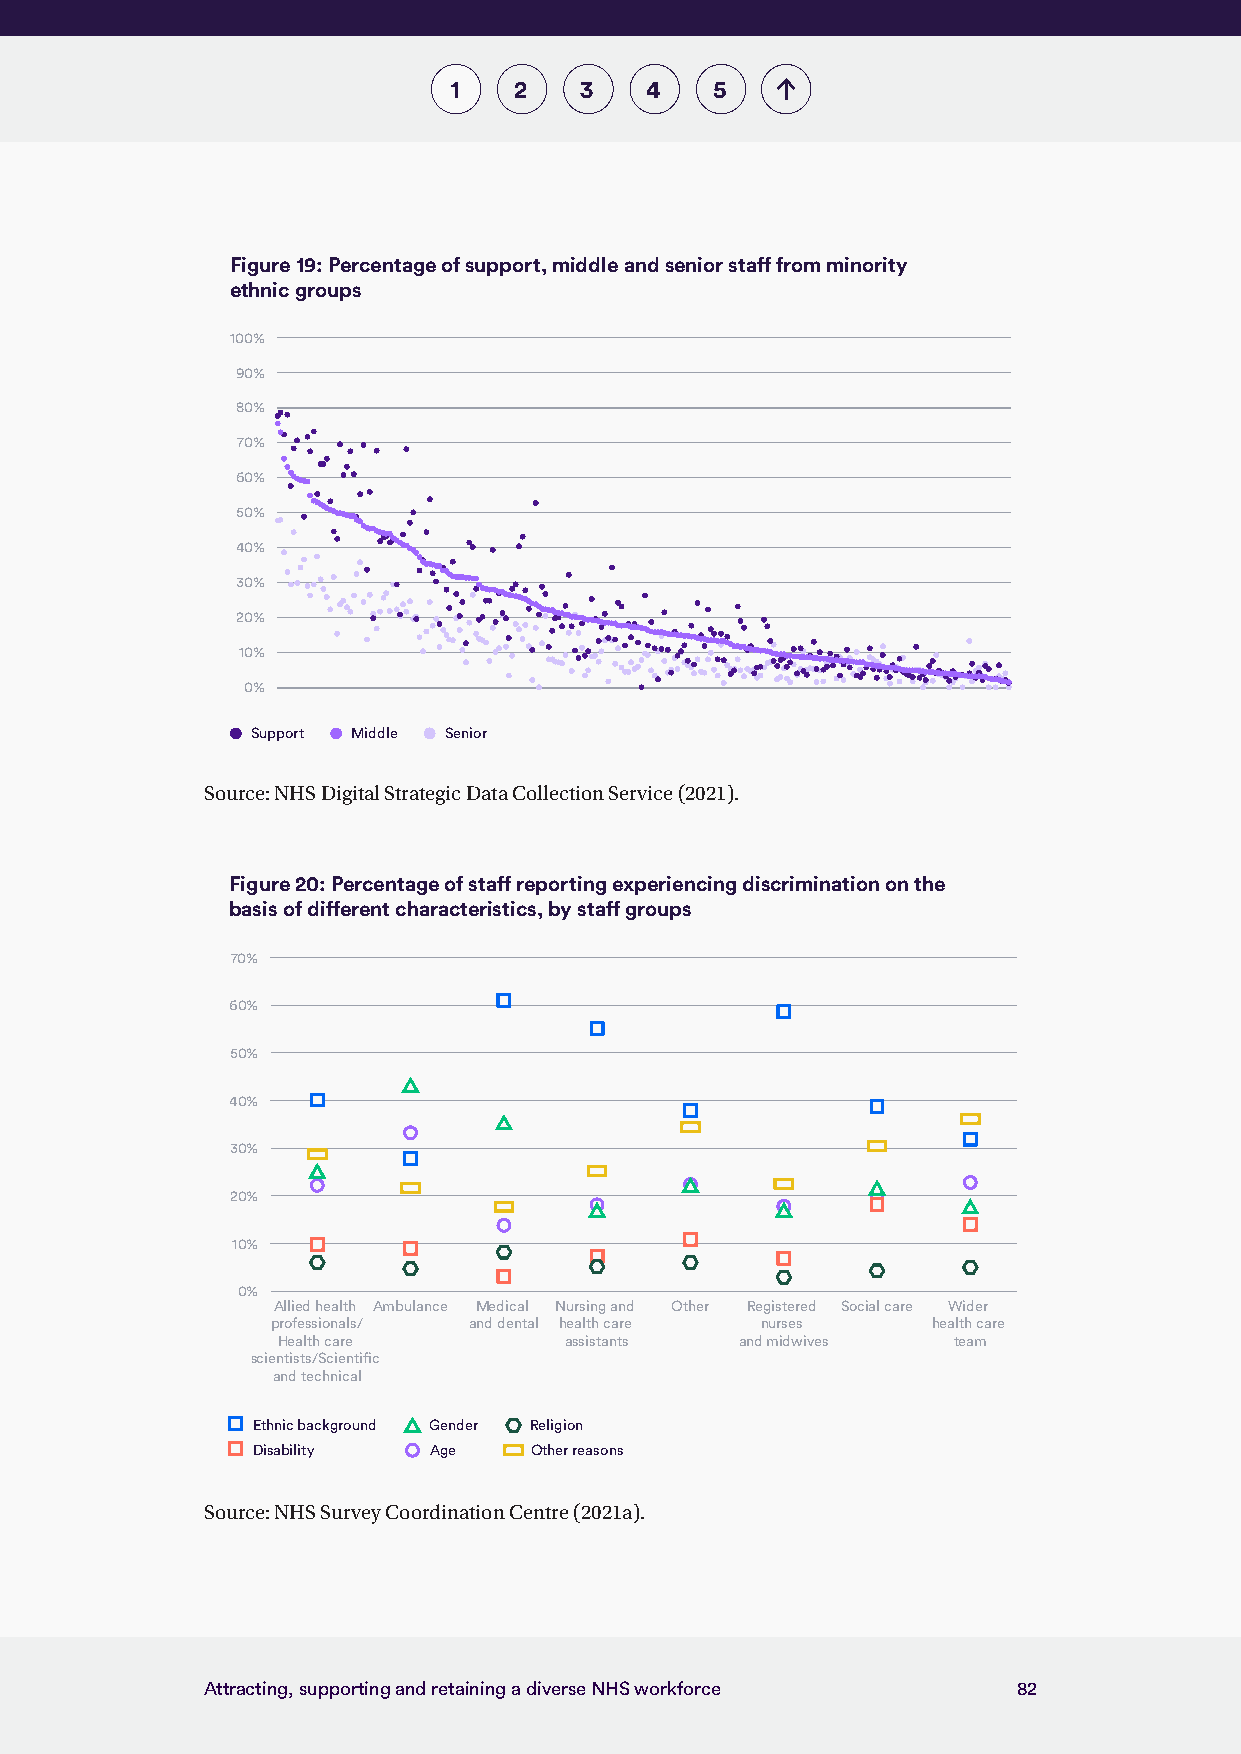
1   2   3    4   5
 Figure 19: Percentage of support, middle and senior staff from minority
 ethnic groups
 100%
 90%
 80%
 70%
 60%
 50%
 40%
 30%
 20%
 10%
 0%
 Support Middle Senior
 Source: NHS Digital Strategic Data Collection Service (2021).
 Figure 20: Percentage of staff reporting experiencing discrimination on the
 basis of different characteristics, by staff groups
 70%
 60%
 50%
 40%
 30%
 20%
 10%
 0%
 Allied health Ambulance Medical Nursing and Other Registered Social care Wider
 professionals/ and dental health care nurses health care
 Health care        assistants  and midwives  team
 scientists/Scientific
 and technical
 Ethnic background Gender Religion
 Disability Age    Other reasons
 Source: NHS Survey Coordination Centre (2021a).
 Attracting, supporting and retaining a diverse NHS workforce 82